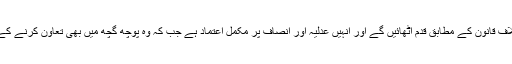
موارنی اس کے خلاف قانون کے مطابق قدم اٹھائیں گے اور انہیں عدلیہ اور انصاف پر مکمل اعتماد ہے جب کہ وہ پوچھ گچھ میں بھی تعاون کرنے کے لیے بھی تیارہیں۔